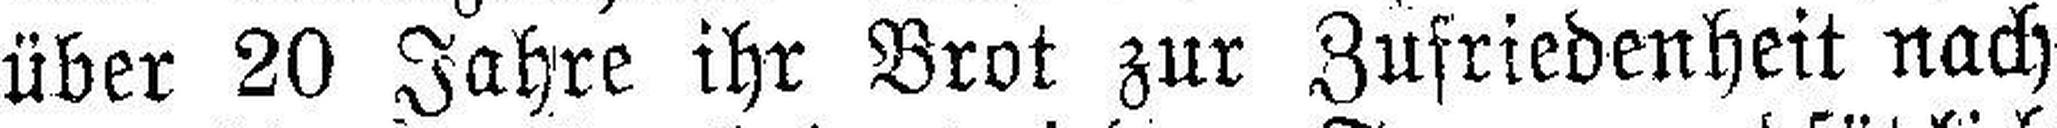
über 20 Jahre ihr Brot zur Zufriedenheit nach